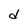
Character: d